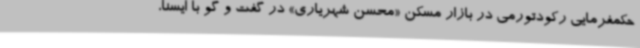
حکمفرمایی رکودتورمی در بازار مسکن «محسن شهریاری» در گفت و گو با ایسنا،